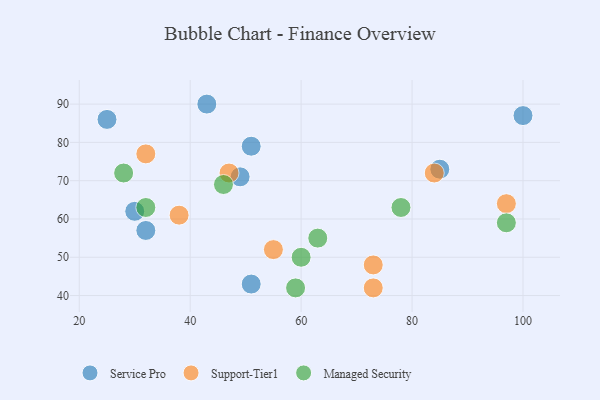
{"axis": {"x": "GDP", "y": "Life Expectancy"}, "legend": ["Managed Security", "Service Pro", "Support-Tier1"], "data": [{"x": "32", "y": 57, "type": "Service Pro"}, {"x": "51", "y": 43, "type": "Service Pro"}, {"x": "85", "y": 73, "type": "Service Pro"}, {"x": "43", "y": 90, "type": "Service Pro"}, {"x": "30", "y": 62, "type": "Service Pro"}, {"x": "100", "y": 87, "type": "Service Pro"}, {"x": "49", "y": 71, "type": "Service Pro"}, {"x": "51", "y": 79, "type": "Service Pro"}, {"x": "25", "y": 86, "type": "Service Pro"}, {"x": "84", "y": 72, "type": "Support-Tier1"}, {"x": "55", "y": 52, "type": "Support-Tier1"}, {"x": "47", "y": 72, "type": "Support-Tier1"}, {"x": "97", "y": 64, "type": "Support-Tier1"}, {"x": "32", "y": 77, "type": "Support-Tier1"}, {"x": "73", "y": 48, "type": "Support-Tier1"}, {"x": "73", "y": 42, "type": "Support-Tier1"}, {"x": "38", "y": 61, "type": "Support-Tier1"}, {"x": "97", "y": 59, "type": "Managed Security"}, {"x": "59", "y": 42, "type": "Managed Security"}, {"x": "32", "y": 63, "type": "Managed Security"}, {"x": "78", "y": 63, "type": "Managed Security"}, {"x": "46", "y": 69, "type": "Managed Security"}, {"x": "60", "y": 50, "type": "Managed Security"}, {"x": "28", "y": 72, "type": "Managed Security"}, {"x": "63", "y": 55, "type": "Managed Security"}]}